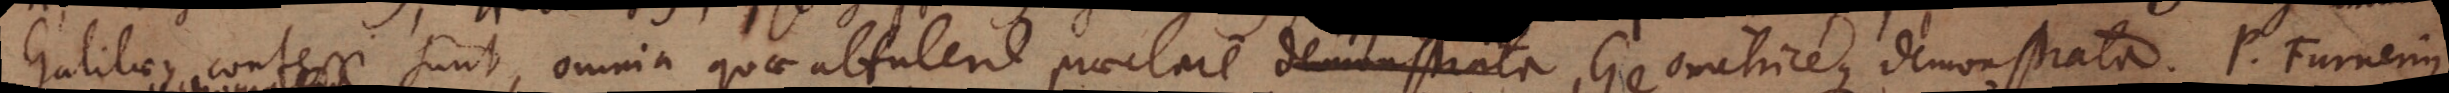
Galilaeus confessi sunt, omnia quae attulerit praeclare demonstrata, Geometriceque demonstrata. P. Furnerius